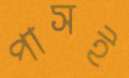
পাসই